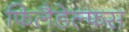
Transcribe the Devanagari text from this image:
फिलैडेल्फस